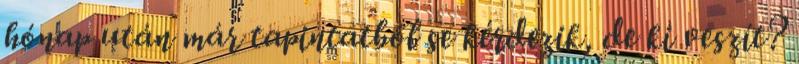
hónap után már tapintatból se kérdezik, de ki veszít?